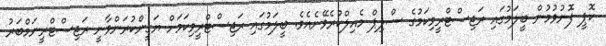
ކޮޕީ ފޮނުވުމުން ބީލަމުގައި ރަޖިސްޓްރީވިކަމުގެ ސްލިޕް މެއިލްކުރެވޭނެއެވެ. ބީލަމުގައި ރަޖިސްޓްރީވިކަމަށް ޔަގީންކުރަންވާނީ ރަޖިސްޓްރީނަމްބަރު